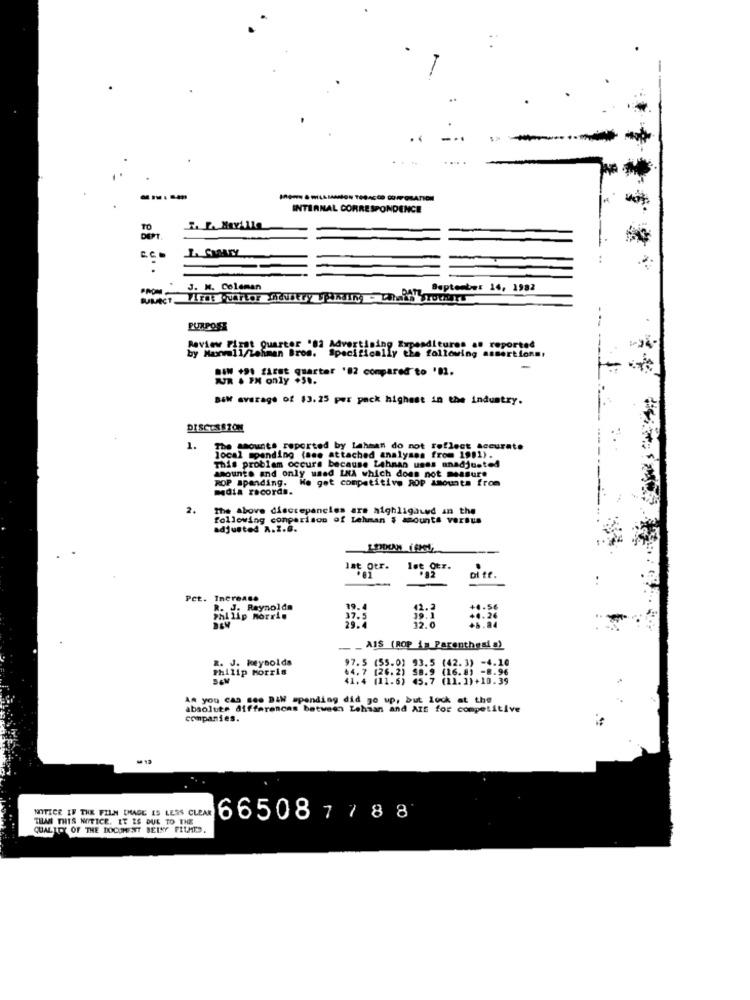
INTERNAL CORRESPONDENCE
TO
DEPT
L. CMATY
J. M. Coleman
September 14, 1982
PURPOSE
Review First Quarter º82 Advertising Expenditures as reported
. reported
by Maxell/Lehman Bros. Specifically the following assertions:
rahman Bros.
SOM *90 FLERE quartar '82 compared to '02.
PM only +30.
BEN average of $3.25 per pack highest in the industry.
DISCUSSZON
1.
The amounte reported by Lehman do not reflect accurate
local spending (see attached analyses from 1991).
This problem occurs because Lehman unes unadjusted
amounts and only used INA which does not measure
ROP spending. He got competitive ROP Amounts from
media records.
2.
The above discrepancies are highlighted an the
following comparison of Lehman $ amounts versus
adjusted A.Z.B.
Ist Otr.
let Otr.
Di tf.
Pct.
Increase
. Reynolda
19.4
42.2
Fatlip morris
37.5
39. 1
4.26
29.4
32.0
AIS (ROP 1" Parenthesi a)
J. Reynolds
Philip morris
97.3 (55.0) 93.5 (42. 3) -4.10
64.7 (26.2) 58.9 (16.8) -8.96
41.4 (11.6) 45.7 (11.1)+10.39
As you can see DAM spending did go up, but lod
absolute differences between Lehman and AIS for competitive
companies.
NOTICE IF THE FILN CHAGE IS LESS CLEAR
THAN THIS NOTICE. IT IS DUE TO THE
66508
7788
QUALITY OF THE DOCUMENT BEINY FILMIS.